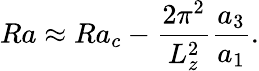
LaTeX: Ra\approx Ra_{c}-\frac{2\pi^{2}}{L_{z}^{2}}\frac{a_{3}}{a_{1}}.